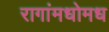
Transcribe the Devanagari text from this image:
रागांमधोमध